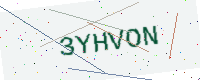
Text: 3YHVON